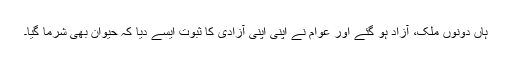
ہاں دونوں ملک، آزاد ہو گئے اور عوام نے اپنی اپنی آزادی کا ثبوت ایسے دیا کہ حیوان بھی شرما گیا۔